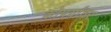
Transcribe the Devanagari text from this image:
कोपर्यांवर